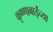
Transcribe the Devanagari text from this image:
कृष्णाबाईंच्या